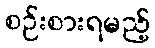
စဉ်းစားရမည့်